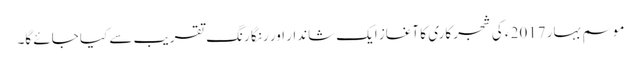
موسمِ بہار 2017 ء کی شجر کاری کا آغاز ایک شاندار اور رنگا رنگ تقریب سے کیا جائے گا۔